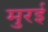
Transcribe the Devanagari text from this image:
मुरई